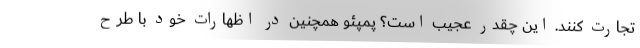
تجارت کنند. این چقدر عجیب است؟ پمپئو همچنین در اظهارات خود با طرح